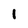
Character: 1